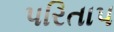
પરિતાપ